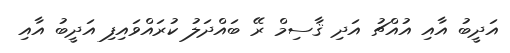
އަދީބު އާއި އުއްޗު އަދި ޤާސިމް ރޭ ބައްދަލު ކުރައްވައިފި އަދީބު އާއި